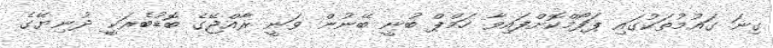
ގިނަ ގައުމުތަކުގައި ޕަފޯމްކޮށްފައިވާ ހަމްޕް ބުނީ ބޭނުން ވަނީ ރާއްޖޭގެ ބޮޑުބެރަކީ ދުނިޔޭގެ